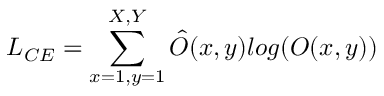
L _ { C E } = \sum _ { x = 1 , y = 1 } ^ { X , Y } \hat { O } ( x , y ) l o g ( O ( x , y ) )